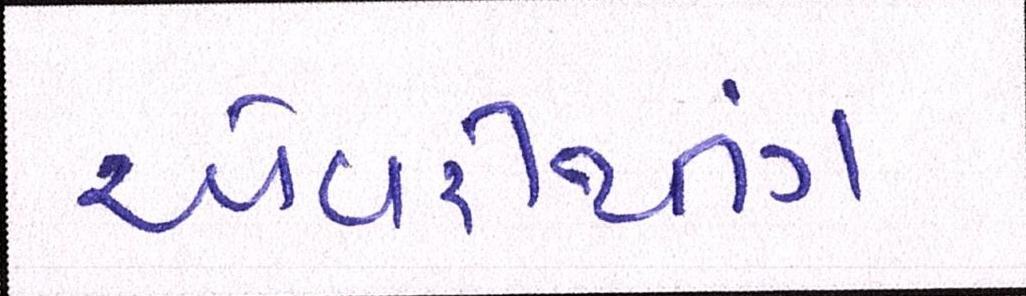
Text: એવરીથીંગ